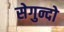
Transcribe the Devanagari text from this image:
सेगुन्दो